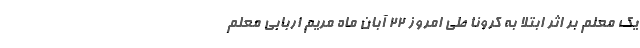
یک معلم بر اثر ابتلا به کرونا طی امروز ۲۲ آبان ماه مریم اربابی معلم